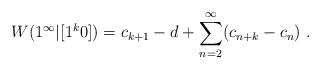
LaTeX: \begin{align*}W(1^\infty|[1^k0]) = c_{k+1} - d + \sum_{n=2}^\infty (c_{n+k} - c_n) \ .\end{align*}